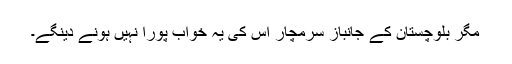
مگر بلوچستان کے جانباز سرمچار اُس کی یہ خواب پورا نہیں ہونے دینگے۔